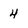
Character: 4